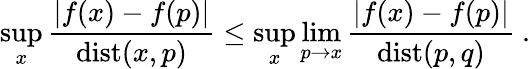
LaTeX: \operatorname*{sup}_{x}\frac{|f(x)-f(p)|}{\mathrm{dist}(x,p)}\leq\operatorname*{sup}_{x}\operatorname*{lim}_{p\to x}\frac{|f(x)-f(p)|}{\mathrm{dist}(p,q)}~.